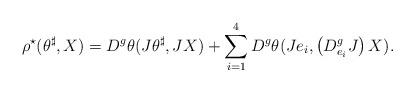
LaTeX: \begin{align*} \rho^\star(\theta^\sharp,X)=D^g\theta(J\theta^\sharp,JX)+\sum_{i=1}^4D^g\theta(Je_i,\left(D^g_{e_i}J\right)X). \end{align*}